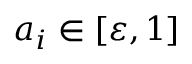
a _ { i } \in [ \varepsilon , 1 ]